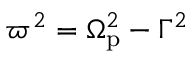
\varpi ^ { 2 } = \Omega _ { \mathrm { p } } ^ { 2 } - \Gamma ^ { 2 }